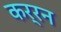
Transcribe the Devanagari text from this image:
कर्रन